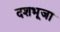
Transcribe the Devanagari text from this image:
दशभूजा